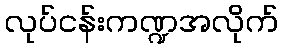
လုပ်ငန်းကဏ္ဍအလိုက်